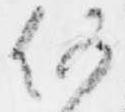
何